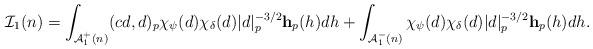
LaTeX: \begin{align*} \mathcal I_1(n) = \int_{\mathcal A_1^+(n)} (cd,d)_p\chi_{\psi}(d)\chi_{\delta}(d)|d|_p^{-3/2} \mathbf h_p(h) dh + \int_{\mathcal A_1^-(n)} \chi_{\psi}(d)\chi_{\delta}(d)|d|_p^{-3/2} \mathbf h_p(h) dh.\end{align*}